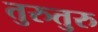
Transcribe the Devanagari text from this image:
तुरुतुरु